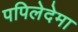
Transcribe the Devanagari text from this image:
पपिलेदेमा